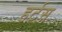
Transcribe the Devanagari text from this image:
हर्टस